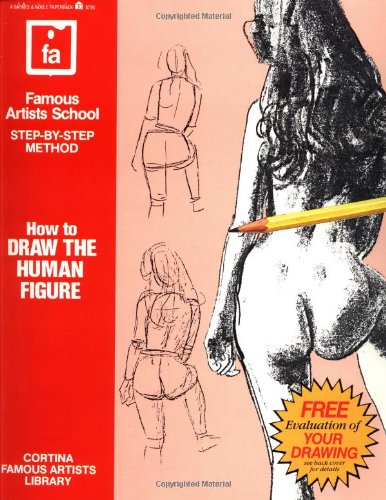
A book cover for How to Draw the Human Figure (Famous Artists School: Step-By-Step Method); Cortina Famous Schools Staff; Arts & Photography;